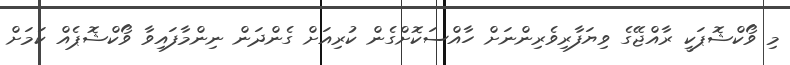
މި ވޯކްޝޮޕަކީ ރާއްޖޭގެ ވިޔަފާރިވެރިންނަަށް ހާއްސަކޮށްގެން ކުރިއަށް ގެންދަން ނިންމާފައިވާ ވޯކްޝޮޕެއް ކަމަށް